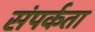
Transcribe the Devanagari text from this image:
संपर्कता